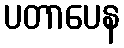
ပတာပေန